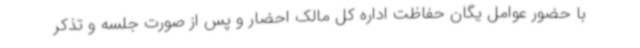
با حضور عوامل یگان حفاظت اداره کل مالک احضار و پس از صورت جلسه و تذکر